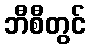
ဘီစီတွင်